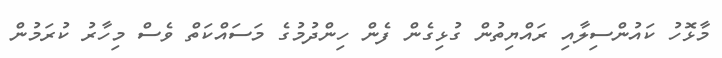
މާޅޮހު ކައުންސިލާއި ރައްޔިތުން ގުޅިގެން ފެން ހިންދުމުގެ މަސައްކަތް ވެސް މިހާރު ކުރަމުން